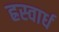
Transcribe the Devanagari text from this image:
ह्रस्वार्ध